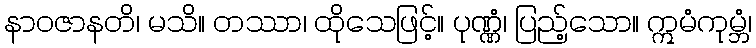
နာဝဇာနတိ၊ မသိ။ တဿာ၊ ထိုသေဖြင့်။ ပုဏ္ဏံ၊ ပြည့်သော။ ဣမံကုမ္ဘံ၊